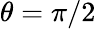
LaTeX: \theta=\pi/2